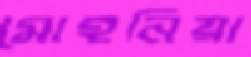
মোহনিয়া